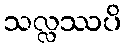
သလ္လဿပိ